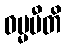
ဓမ္မပီတိ